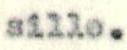
sille.